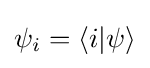
\psi _{i}=\langle i|\psi \rangle